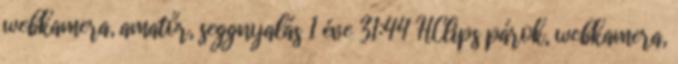
webkamera, amatőr, seggnyalás 1 éve 31:44 HClips párok, webkamera,